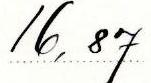
16,87